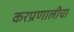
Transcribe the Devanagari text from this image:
करप्रणालीचा